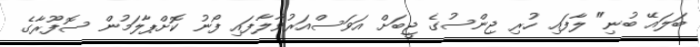
ބަލައޭ ބުނި" ލާފައި ހުރި ޖިންސުގެ ޖީބަށް އަވަސްއަރުވާލާފައި ފޯނު ކޮށްޕާލަމުން ސޮފޫރާގެ